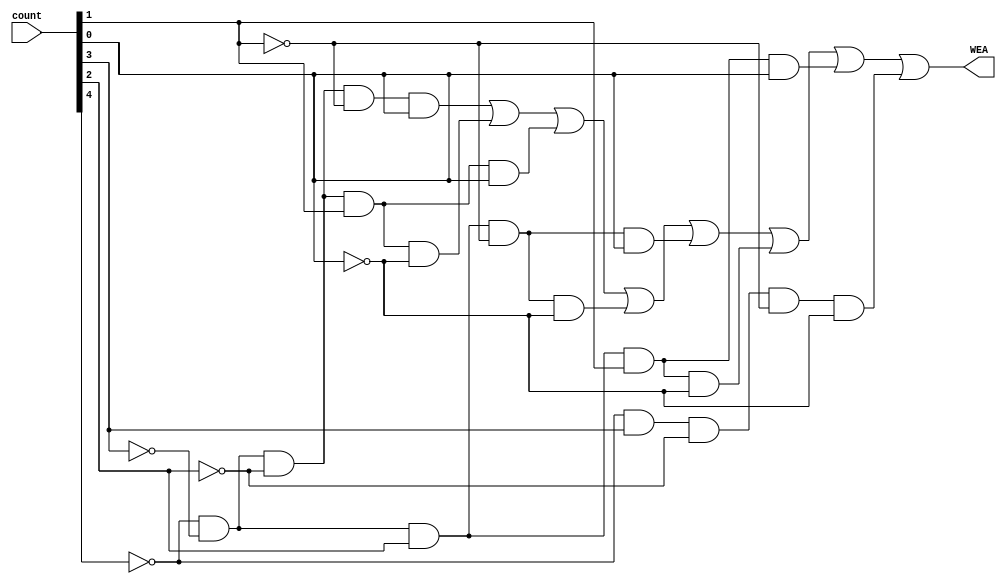
module gen_WEA(WEA, count);
    output WEA;
    input [4:0] count;
    
    assign WEA = ~count[4] & ~count[3] & ~count[2] & ~count[1] & count[0] |
                ~count[4] & ~count[3] & ~count[2] & count[1] & ~count[0] |
                ~count[4] & ~count[3] & ~count[2] & count[1] & count[0] |
                ~count[4] & ~count[3] & count[2] & ~count[1] & ~count[0] |
                ~count[4] & ~count[3] & count[2] & ~count[1] & count[0] |
                ~count[4] & ~count[3] & count[2] & count[1] & ~count[0] |
                ~count[4] & ~count[3] & count[2] & count[1] & count[0] |
                ~count[4] & count[3] & ~count[2] & ~count[1] & ~count[0];
endmodule

module gen_IncA(IncA, count);
    output IncA;
    input [4:0] count;
    
   /* assign IncA = ~((count[4] & ~count[3] & ~count[2] & ~count[1] & count[0]) |
                        (count[4] & ~count[3] & ~count[2] & count[1] & ~count[0]) |
                        (count[4] & ~count[3] & ~count[2] & count[1] & count[0]));*/
    assign IncA = ~count[4] & ~count[3] & ~count[2] & ~count[1] & count[0] |
                ~count[4] & ~count[3] & ~count[2] & count[1] & ~count[0] |
                ~count[4] & ~count[3] & ~count[2] & count[1] & count[0] |
                ~count[4] & ~count[3] & count[2] & ~count[1] & ~count[0] |
                ~count[4] & ~count[3] & count[2] & ~count[1] & count[0] |
                ~count[4] & ~count[3] & count[2] & count[1] & ~count[0] |
                ~count[4] & ~count[3] & count[2] & count[1] & count[0] |
                ~count[4] & count[3] & ~count[2] & ~count[1] & ~count[0] | //8
                ~count[4] & count[3] & ~count[2] & ~count[1] & count[0] |
                ~count[4] & count[3] & ~count[2] & count[1] & ~count[0] |
                ~count[4] & count[3] & ~count[2] & count[1] & count[0] |
                ~count[4] & count[3] & count[2] & ~count[1] & ~count[0] |
                ~count[4] & count[3] & count[2] & ~count[1] & count[0] |
                ~count[4] & count[3] & count[2] & count[1] & ~count[0] |
                ~count[4] & count[3] & count[2] & count[1] & count[0] |
                count[4] & ~count[3] & ~count[2] & ~count[1] & ~count[0] |
                count[4] & ~count[3] & ~count[2] & ~count[1] & count[0] |
                ~count[4] & ~count[3] & ~count[2] & count[1] & ~count[0]; //18
endmodule

module gen_IncB(IncB, count);
    output IncB;
    input [4:0] count;
    
    assign IncB = (~count[4] & count[3] & count[2] & ~count[1] & ~count[0]) |
                (~count[4] & count[3] & count[2] & count[1] & ~count[0]) |
                (count[4] & ~count[3] & ~count[2] & ~count[1] & ~count[0]) |
                (count[4] & ~count[3] & ~count[2] & count[1] & ~count[0]);
endmodule

module gen_WEB(WEB, count);
    output WEB;
    input [4:0] count;
    
    assign WEB = (~count[4] & count[3] & ~count[2] & count[1] & count[0]) |
                (~count[4] & count[3] & count[2] & ~count[1] & count[0]) |
                (~count[4] & count[3] & count[2] & count[1] & count[0]) |
                (count[4] & ~count[3] & ~count[2] & ~count[1] & count[0]);
endmodule

module gen_rst(reset_out, rst, count);
    input rst;
    output reset_out;
    input [4:0] count;
    
    assign reset_out = (count[4] & ~count[3] & ~count[2] & count[1] & ~count[0]) | rst;

endmodule